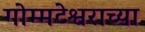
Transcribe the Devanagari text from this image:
गोम्मटेश्वराच्या